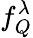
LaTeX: f_{Q}^{\lambda}